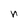
Character: n